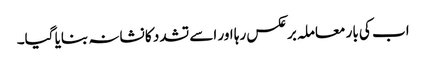
اب کی بار معاملہ برعکس رہا اور اسے تشدد کا نشانہ بنایا گیا۔